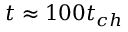
t \approx 1 0 0 t _ { c h }